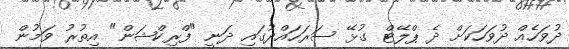
ދުވަހެއް ދުވަހަކަށް ދެ ޕްލޭޓް ގުޅޭ ސަރަހައްދުގައި ދަނީ "ފްރިކްޝަން" އިތުރު ވަމުން